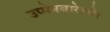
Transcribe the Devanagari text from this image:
उप्पेनबारेल्सेर